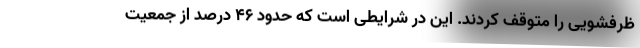
ظرفشویی را متوقف کردند. این در شرایطی است که حدود 46 درصد از جمعیت